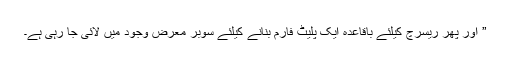
” اور پھر ریسرچ کیلئے باقاعدہ ایک پلیٹ فارم بنانے کیلئے سوبر معرض وجود میں لائی جا رہی ہے۔